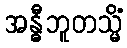
အန္ဓီဘူတသ္မိံ